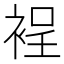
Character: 裎